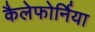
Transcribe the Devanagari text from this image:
कैलेफोर्निया